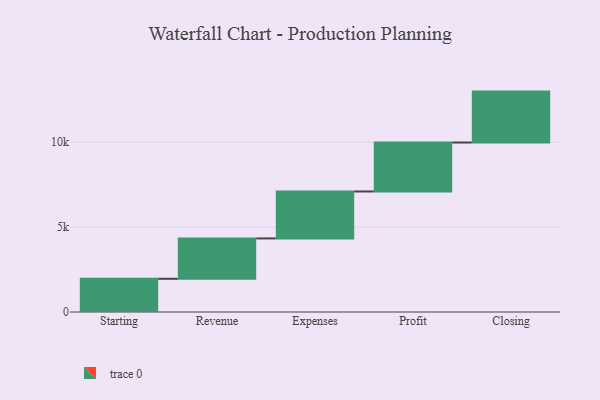
{"axis": {"x": "Step", "y": "Value"}, "legend": [""], "data": [{"x": "Starting", "y": 1956.0, "type": ""}, {"x": "Revenue", "y": 2378.0, "type": ""}, {"x": "Expenses", "y": 2766.0, "type": ""}, {"x": "Profit", "y": 2884.0, "type": ""}, {"x": "Closing", "y": 3000, "type": ""}]}